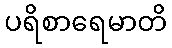
ပရိစာရေမာတိ